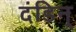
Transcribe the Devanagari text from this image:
दंडिन्